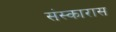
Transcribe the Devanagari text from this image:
संस्कारास